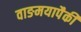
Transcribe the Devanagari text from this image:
वाङमयापैकी